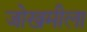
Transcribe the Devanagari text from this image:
जोखमीला